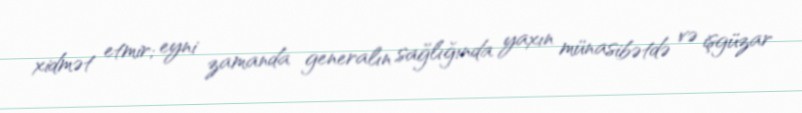
xidmət etmir; eyni zamanda generalın sağlığında yaxın münasibətdə və işgüzar